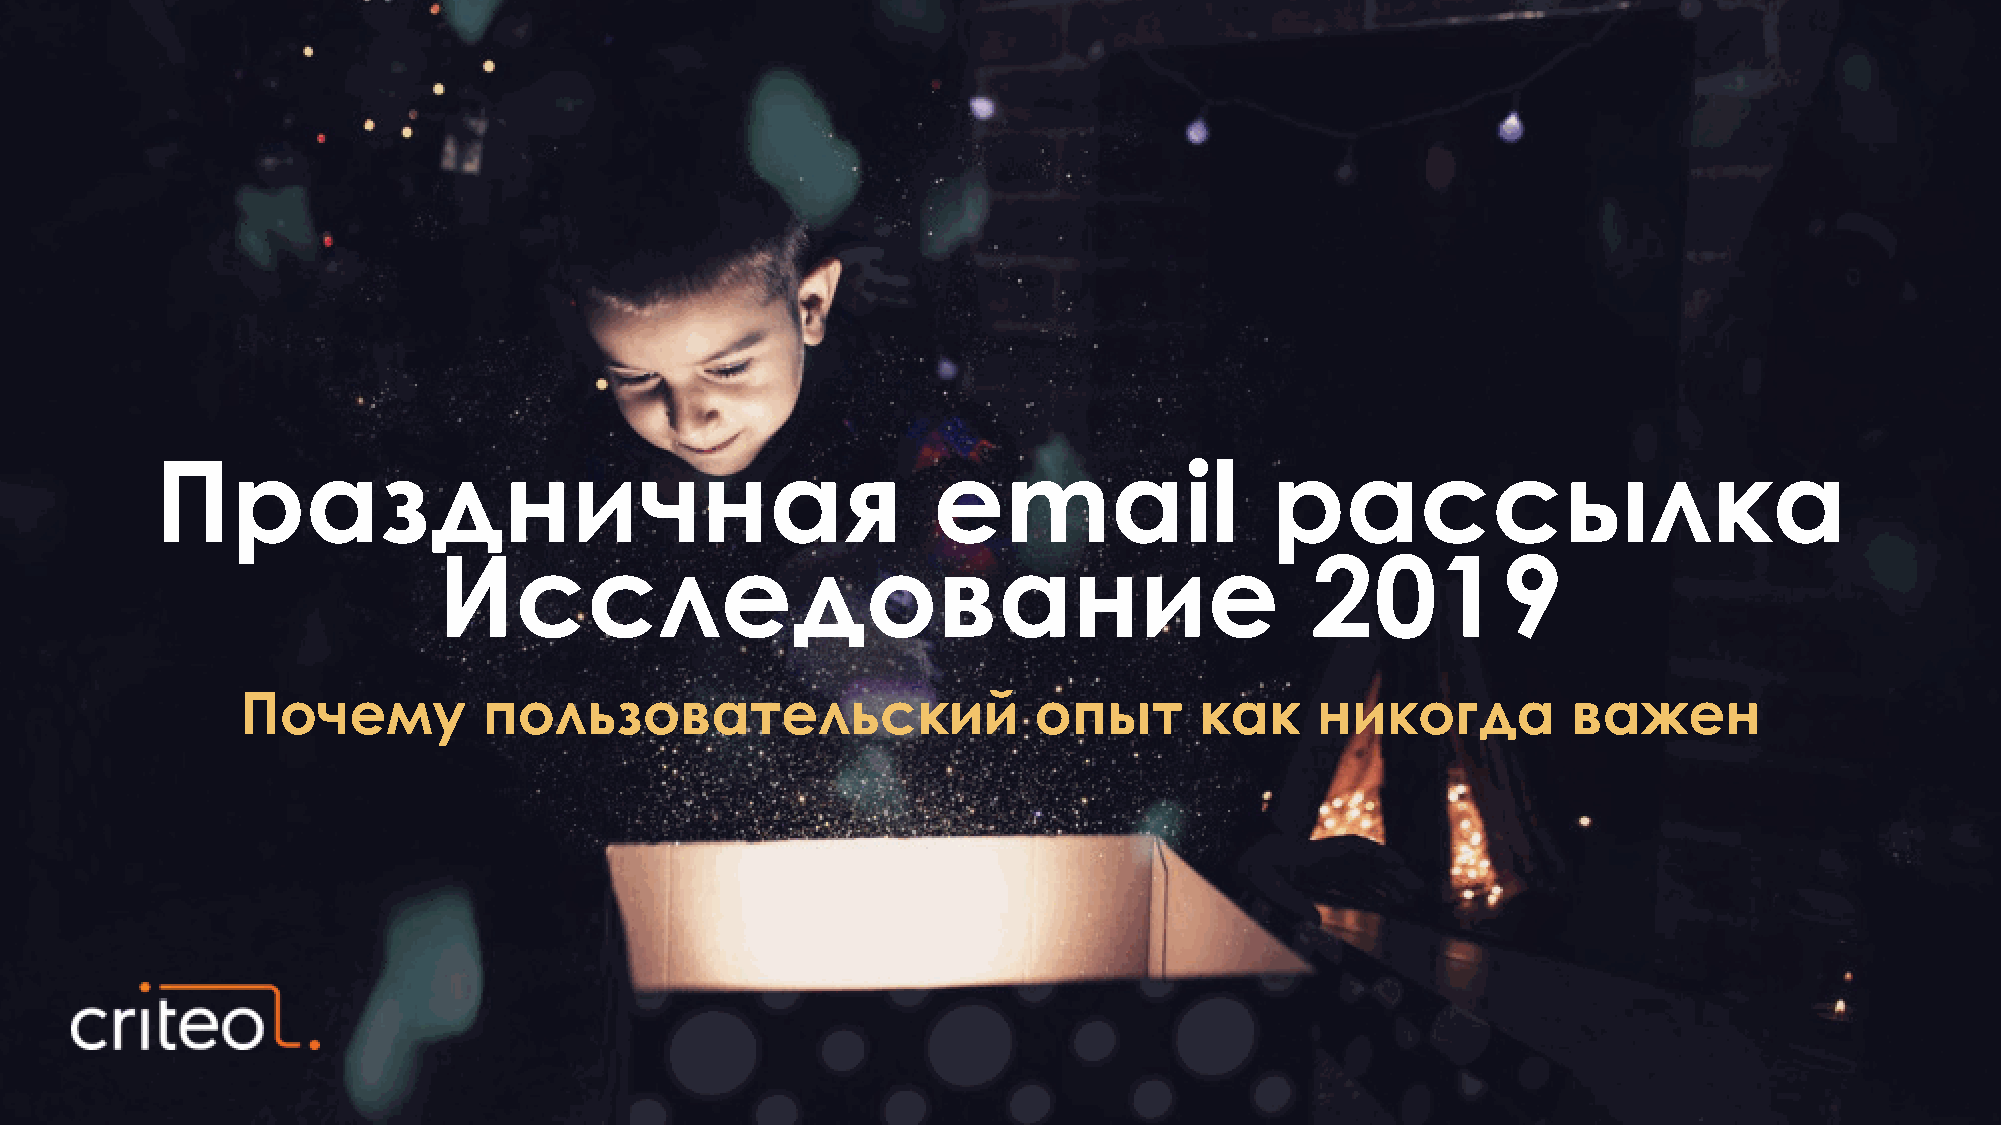
email
 Праздничная                                                               рассылка
 Исследование                                              2019
 Почему          пользовательский                    опыт       как     никогда          важен